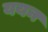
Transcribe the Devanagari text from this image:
ययन